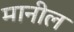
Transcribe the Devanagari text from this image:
मानील